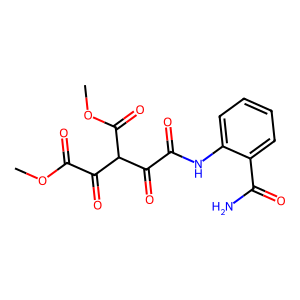
SMILES: COC(=O)C(=O)C(C(=O)OC)C(=O)C(=O)Nc1ccccc1C(N)=O
Inhibits HIV replication: No